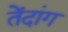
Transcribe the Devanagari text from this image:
तेंदांग